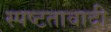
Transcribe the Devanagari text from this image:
स्पष्टतावादी